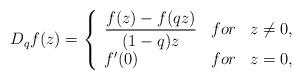
LaTeX: \begin{align*}D_{q}f(z) = \left\{\begin{array}{lcl}\dfrac{f(z) - f(qz)}{(1 -q)z}&for &z \neq 0,\\ f'(0) &for& z=0,\end{array}\right.\end{align*}